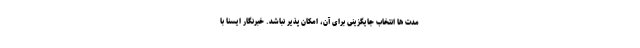
مدت ها انتخاب جایگزینی برای آن، امکان پذیر نباشد. خبرنگار ایسنا با